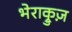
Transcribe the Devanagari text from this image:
भेराक्रुज़